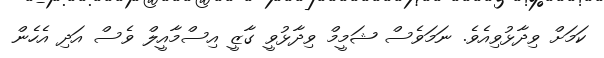
ކަމަށް ވިދާޅުވިއެވެ. ނަމަވެސް ޝަމީމް ވިދާޅުވީ ގާޒީ އިސްމާއީލް ވެސް އަދި އެހެން